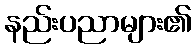
နည်းပညာများ၏